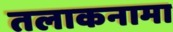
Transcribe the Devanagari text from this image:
तलाकनामा